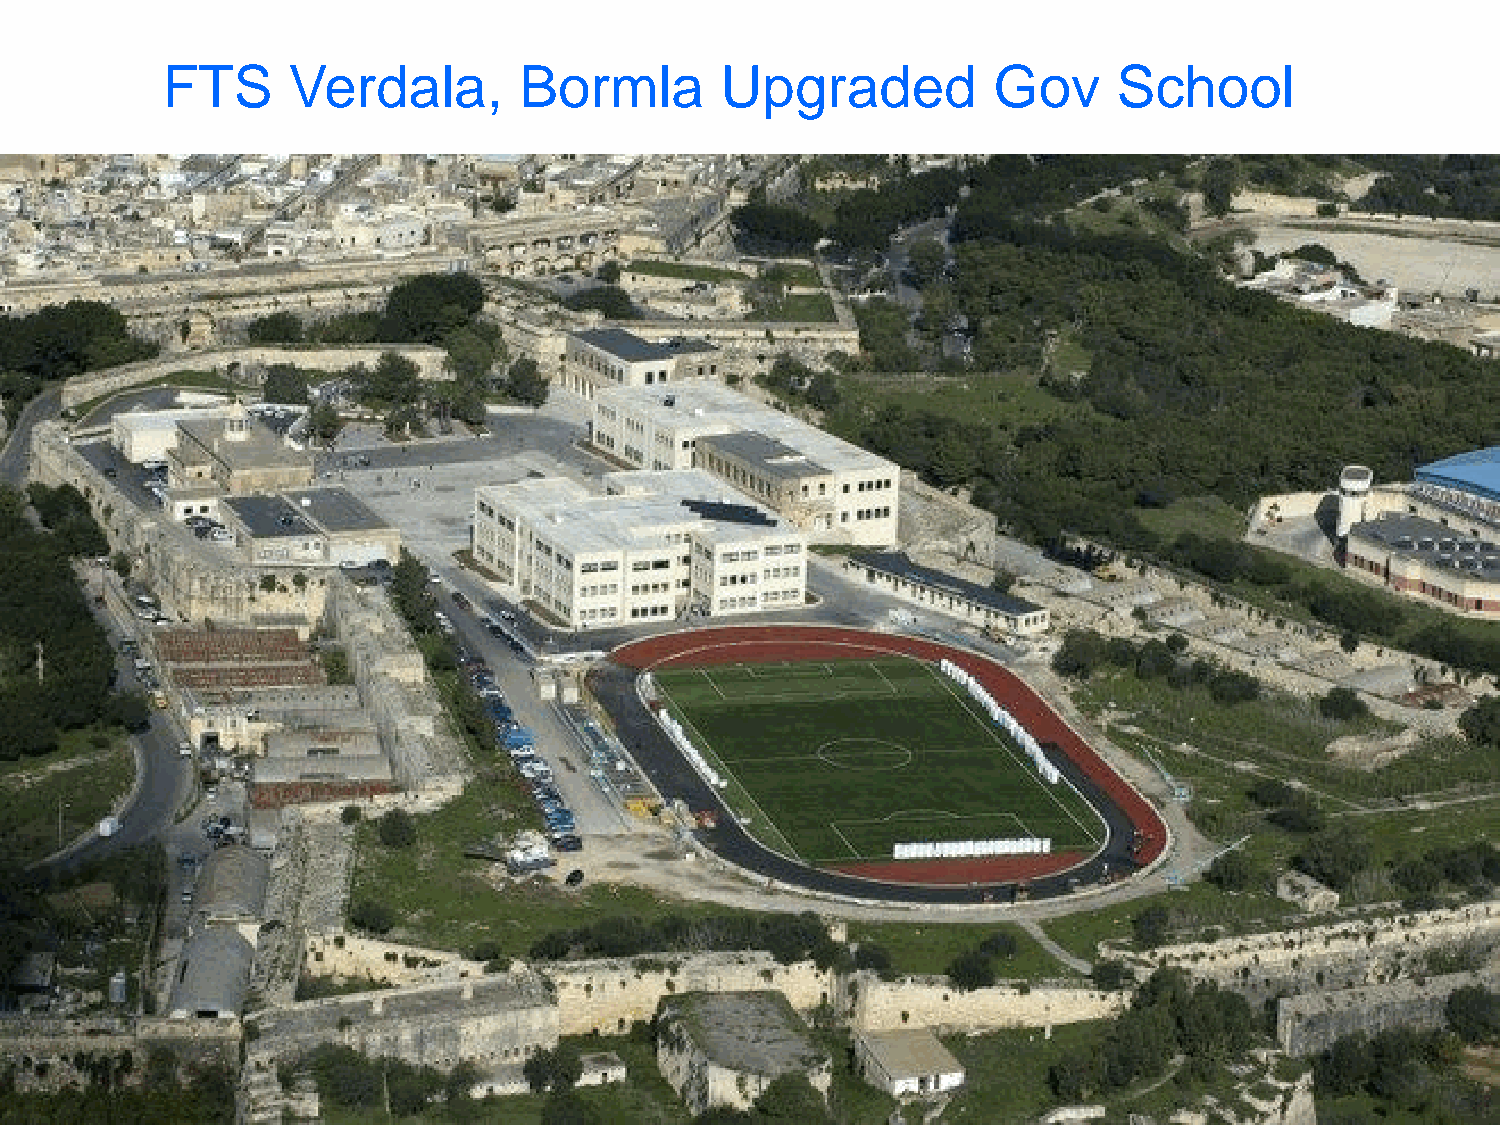
FTS     Verdala,       Bormla        Upgraded          Gov     School